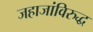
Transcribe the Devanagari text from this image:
जहाजांविरुद्ध